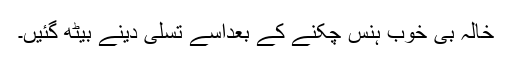
خالہ بی خوب ہنس چکنے کے بعداسے تسلی دینے بیٹھ گئیں۔